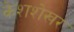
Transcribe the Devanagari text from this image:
केशशेखर